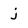
Character: j